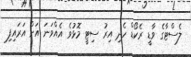
ލެސްޓާގެ ވާޑީ ރެކޯޑް ހެދި އިރު ސިޓީ މޮޅުވެ އެއްވަނަ އަށް އަރައިފި